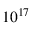
1 0 ^ { 1 7 }